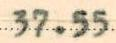
37.55